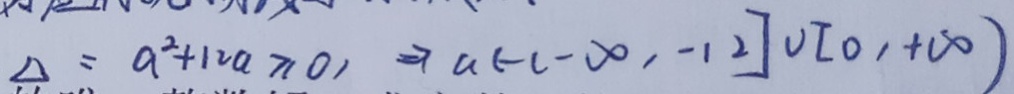
\Delta = a ^ { 2 } + 1 2 a \geq 0 , \Rightarrow a ( - c - \infty , - 1 2 ] \cup I _ { 0 } , + \infty )